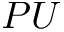
P U